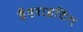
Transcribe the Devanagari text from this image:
हैंडराइटिंग